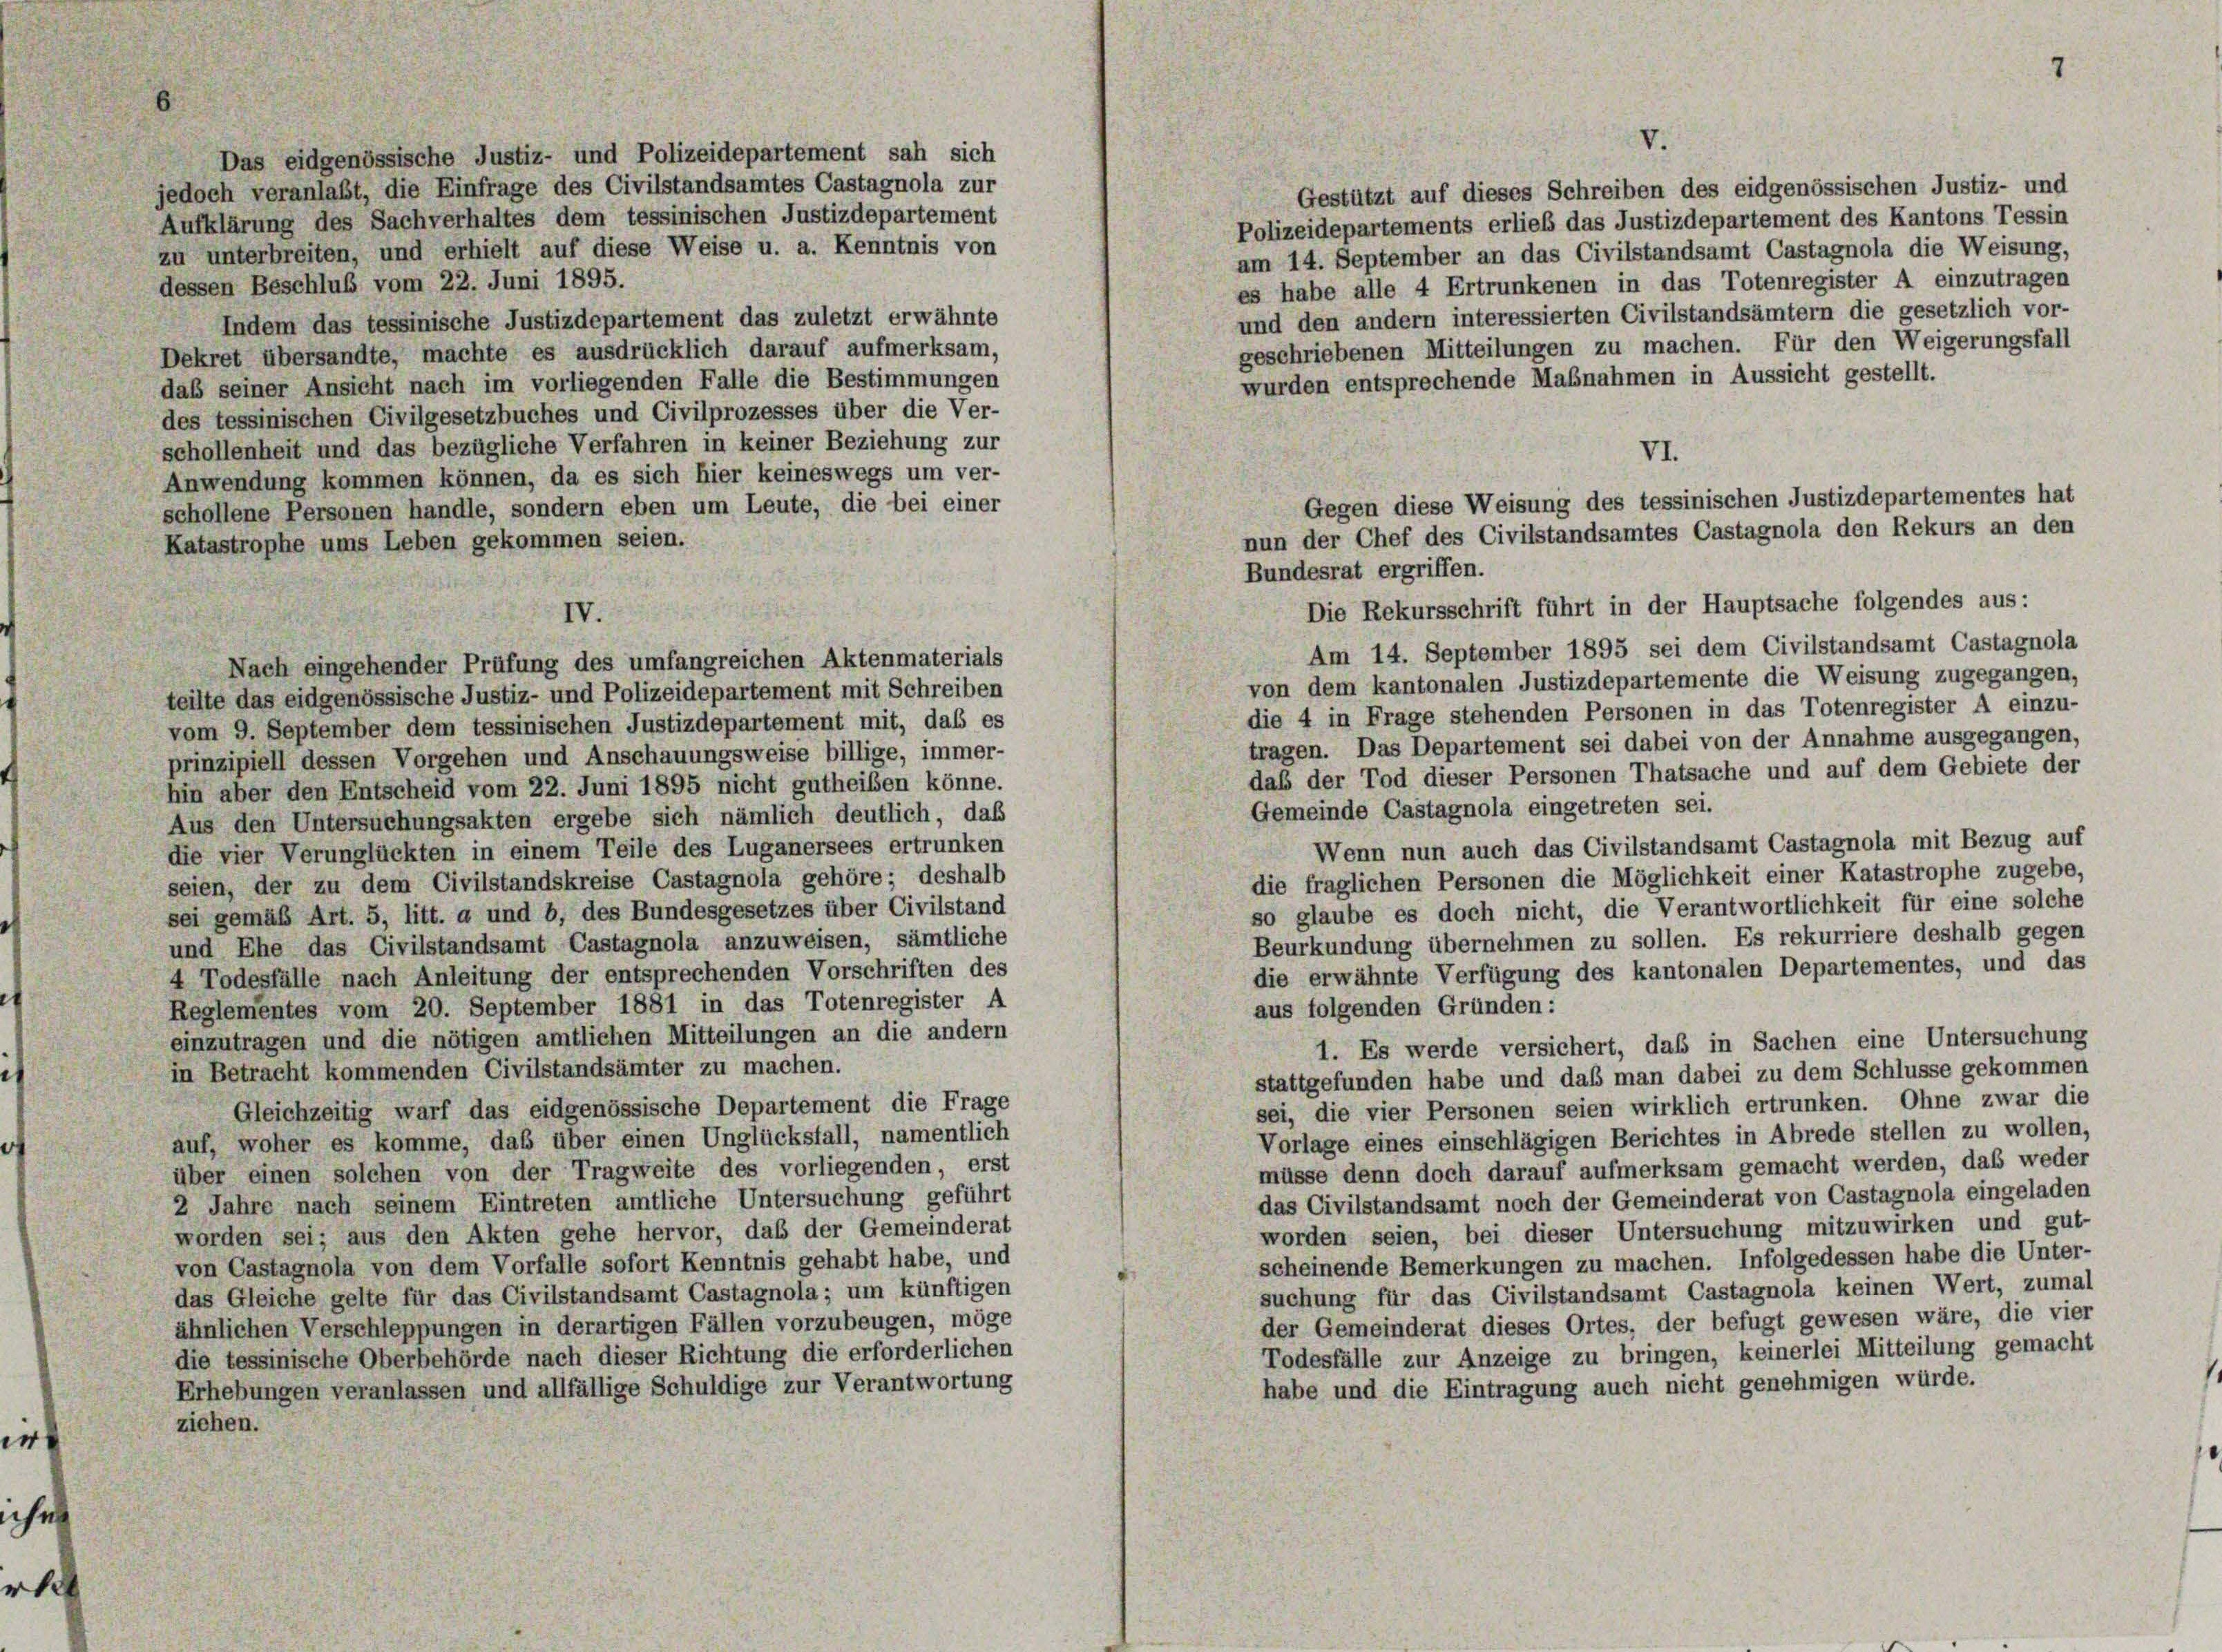
h

V.
Das eidgenössische Justiz- und Polizeidepartement sah sich
jedoch veranlaßt, die Einfrage des Civilstandsamtes Castagnola zur
Gestützt auf dieses Schreiben des eidgenössischen Justiz- und
Aufklärung des Sachverhaltes dem tessinischen Justizdepartement
Polizeidepartements erlieb das Justizdepartement des Kantons Tessin
zu unterbreiten, und erhielt auf diese Weise u. a. Kenntnis von
am 14. September an das Civilstandsamt Castagnola die Weisung,
dessen Beschluß vom 22. Juni 1895.
es habe alle 4 Ertrunkenen in das Totenregister A einzutragen
und den andern interessierten Civilstandsämtern die gesetzlich vor-
Indem das tessinische Justizdepartement das zuletzt erwähnte
geschriebenen Mitteilungen zu machen. Für den Weigerungsfall
Dekret übersandte, machte es ausdrücklich darauf aufmerksam,
wurden entsprechende Maßnahmen in Aussicht gestellt.
daß seiner Ansicht nach im vorliegenden Falle die Bestimmungen
des tessinischen Civilgesetzbuches und Civilprozesses über die Ver-
schollenheit und das bezügliche Verfahren in keiner Beziehung zur
VI.
Anwendung kommen können, da es sich hier keineswegs um ver-
schollene Personen handle, sondern eben um Leute, die bei einer
Katastrophe ums Leben gekommen seien.
Die Rekursschrift führt in der Hauptsache folgendes aus:
IV.
Am 14. September 1895 sei dem Civilstandsamt Castagnola
Nach eingehender Prüfung des umfangreichen Aktenmaterials
von dem kantonalen Justizdepartemente die Weisung zugegangen,
teilte das eidgenössische Justiz- und Polizeidepartement mit Schreiben
die 4 in Frage stehenden Personen in das Totenregister A einzu-
vom 9. September dem tessinischen Justizdepartement mit, daß es
tragen. Das Departement sei dabei von der Annahme ausgegangen,
prinzipiell dessen Vorgehen und Anschauungsweise billige, immer-
daß der Tod dieser Personen Thatsache und auf dem Gebiete der
hin aber den Entscheid vom 22. Juni 1895 nicht gutheiben könne.
Gemeinde Castagnola eingetreten sei.
Aus den Untersuchungsakten ergebe sich nämlich deutlich, daß
Wenn nun auch das Civilstandsamt Castagnola mit Bezug auf
die vier Verunglückten in einem Teile des Luganersees ertrunken
die fraglichen Personen die Möglichkeit einer Katastrophe zugebe,
seien, der zu dem Civilstandskreise Castagnola gehöre; deshalb
so glaube es doch nicht, die Verantwortlichkeit für eine solche
sei gemäß Art. 5, litt. a und b, des Bundesgesetzes über Civilstand
Beurkundung übernehmen zu sollen. Es rekurriere deshalb gegen
und Ehe das Civilstandsamt Castagnola anzuweisen, sämtliche
die erwähnte Verfügung des kantonalen Departementes, und das
4 Todesfälle nach Anleitung der entsprechenden Vorschriften des
Reglementes vom 20. September 1881 in das Totenregister A
aus folgenden Gründen:
einzutragen und die nötigen amtlichen Mitteilungen an die andern
1. Es werde versichert, daß in Sachen eine Untersuchung
in Betracht kommenden Civilstandsämter zu machen.
stattgefunden habe und daß man dabei zu dem Schlüsse gekommen
sei, die vier Personen seien wirklich ertrunken. Ohne zwar die
Gleichzeitig warf das eidgenössische Departement die Frage
Vorlage eines einschlägigen Berichtes in Abrede stellen zu wollen,
auf, woher es komme, daß über einen Unglücksfall, namentlich
müsse denn doch darauf aufmerksam gemacht werden, daß weder
über einen solchen von der Tragweite des vorliegenden, erst
das Civilstandsamt noch der Gemeinderat von Castagnola eingeladen
2 Jahre nach seinem Eintreten amtliche Untersuchung geführt
worden seien, bei dieser Untersuchung mitzuwirken und gut-
worden sei; aus den Akten gehe hervor, daß der Gemeinderat
scheinende Bemerkungen zu machen. Infolgedessen habe die Unter-
von Castagnola von dem Vorfalle sofort Kenntnis gehabt habe, und
suchung für das Civilstandsamt Castagnola keinen Wert, zumal
das Gleiche gelte für das Civilstandsamt Castagnola; um künftigen
der Gemeinderat dieses Ortes, der befugt gewesen wäre, die vier
ähnlichen Verschleppungen in derartigen Fällen vorzubeugen, möge
Todesfälle zur Anzeige zu bringen, keinerlei Mitteilung gemacht
die tessinische Oberbehörde nach dieser Richtung die erforderlichen
habe und die Eintragung auch nicht genehmigen würde.
Erhebungen veranlassen und allfällige Schuldige zur Verantwortung
ziehen.

Gegen diese Weisung des tessinischen Justizdepartementes hat
nun der Chef des Civilstandsamtes Castagnola den Rekurs an den
Bundesrat ergriffen.